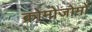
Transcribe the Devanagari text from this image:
क्रोमोजोमों